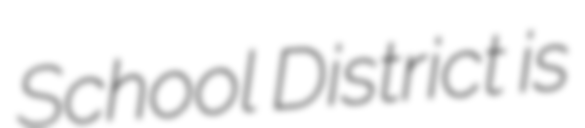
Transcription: School District is